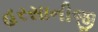
હરસાનીજી